Report of the King Institute of Preventive Medicine, Guindy
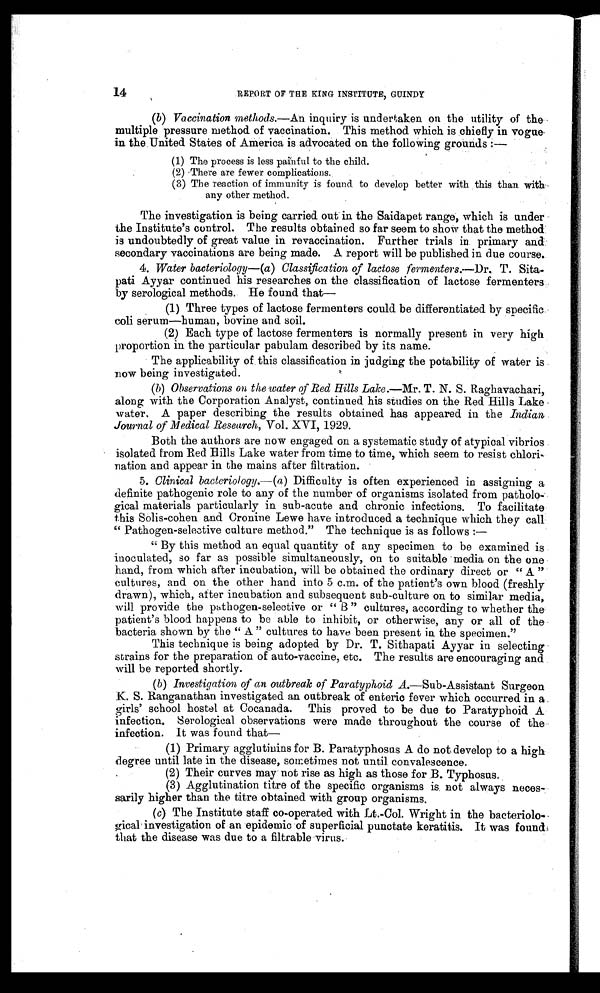
14
REPORT OF THE KING INSTITUTE , GUINDY
( b) Vaccination methods.—An inquiry is undertaken on the utility of the
multiple pressure method of vaccination. This method which is chiefly in vogue
-in the United States of America is advocated on the following grounds :
—
( 1 )
T h e p r o c e s s i s l e s s p a i n f u l t o t h e c h i l d .
( 2 ) T h e r e a r e f e w e r c o m p l i c a t i o n s .
(3) The reaction of immunity is found to develop better with this than with
any other method.
The investigation is being carried out in the Saidapet range, which is under
the Institute's control. The results obtained so far seem to show that the method
is undoubtedly of great value in revaccination. Further trials in primary and.
secondary vaccinations are being made. A report will be published in due course.
4. Water bacteriology— (a) Classification of lactose fermenters.—Dr. T. Sita-
pati Ayyar continued his researches on the classification of lactose fermenters
by serological methods. He found that—
(1) Three types of lactose fermenters could be differentiated by specific
coli serum—human, bovine and soil.
(2) Each type of lactose fermenters is normally present in very high
proportion in the particular pabulam described by its name.
The applicability of this classification in judging the potability of water is
n OW being investigated.
( b) Observations on the water of Red Hills Lake. —Mr. T. N. S. Raghavachari,
along with the Corporation Analyst, continued his studies on the Red Hills Lake
water. A paper describing the results obtained has appeared in the Indian
Journal of Medical Research, Vol. XVI, 1929.
Both the authors are now engaged on a systematic study of atypical vibrios
isolated from Red Bills Lake water from time to time, which seem to resist chlori-
nation and appear in the mains after filtration.
5. Clinical bacteriology.—( a ) Difficulty is often experienced in assigning a
definite pathogenic role to any of the number of organisms isolated from patholo
-gical materials particularly in sub-acute and chronic infections. To facilitate
this Solis-cohen and Cronine Lewe have introduced a technique which they call
"Pathogen-selective culture method." The technique is as follows :—
"By this method. an equal quantity of any specimen to be examined is
inoculated, so far as possible simultaneously, on to suitable media on the one
hand, from which after incubation, will be obtained the ordinary direct or "A"
cultures, and on the other hand into 5 c.m. of the patient's own blood (freshly
drawn), which, after incubation and subsequent sub-culture on to similar media,
will provide the pathogen-selective or "B" cultures, according to whether the
patient's blood happens to be able to inhibit, or otherwise, any or all of the
bacteria shown by the "A" cultures to have been present in the specimen."
This technique is being adopted by Dr. T. Sithapati Ayyar in selecting
strains for the preparation of auto-vaccine, etc. The results are encouraging and
will be reported shortly.
( b) Investigation of an outbreak of Paratyphoid A.—Sub-Assistant Surgeon
K. S. Ranganathan investigated an outbreak of enteric fever which occurred in a
girls' school hostel at Cocanada. This proved to be due to Paratyphoid A
infection. Serological observations were made throughout the course of the
infection. It was found that—
(1) Primary agglutinins for B. Paratyphosus A do not develop to a high
degree until late in the disease, sometimes not until convalescence.
(2) Their curves may not rise as high as those for B. Typhosus.
(3) Agglutination titre of the specific organisms is not always neces
-sarily higher than the titre obtained with group organisms.
( c) The Institute staff co-operated with Lt.-Col. Wright in the bacteriolo-
gical investigation of an epidemic of superficial punctate keratitis. It was found
that the disease was due to a filtrable virus.